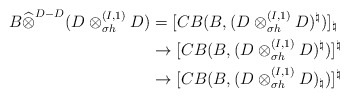
\begin{align*}B\widehat{\otimes}^{D-D}(D\otimes_{\sigma h}^{(I,1)}D)&=[CB(B,(D\otimes_{\sigma h}^{(I,1)}D)^\natural)]_\natural\\&\to [CB(B,(D\otimes_{\sigma h}^{(I,1)}D)^\natural)]^\natural\\&\to [CB(B,(D\otimes_{\sigma h}^{(I,1)}D)_\natural)]^\natural\end{align*}